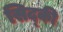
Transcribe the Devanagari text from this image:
सिद्की